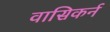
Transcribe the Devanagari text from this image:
वासिकर्न